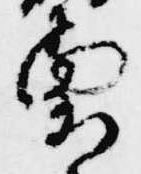
璽